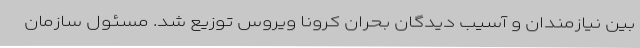
بین نیازمندان و آسیب دیدگان بحران کرونا ویروس توزیع شد. مسئول سازمان